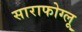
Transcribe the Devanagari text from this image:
साराफोग्लू